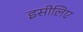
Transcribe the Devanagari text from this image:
इसीलिए